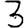
Digit: 3